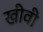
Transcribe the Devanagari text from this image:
खीवी